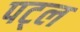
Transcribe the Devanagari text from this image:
पट्ल